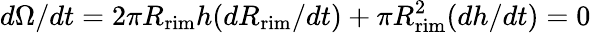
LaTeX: d\Omega/dt=2\pi R_{\mathrm{rim}}h(dR_{\mathrm{rim}}/dt)+\pi R_{\mathrm{rim}}^{2}(dh/dt)=0